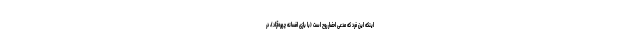
اینکه این فرد که مدعی احضار روح است (با بازی افسانه چهره‌آزاد)، در